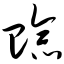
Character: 赊